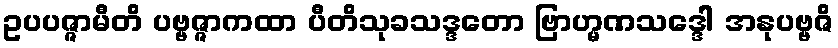
ဥပပဇ္ဇာမီတိ ပဗ္ဗဇ္ဇာကထာ ပီတိသုခသဒ္ဒတော ဗြာဟ္မဏသဒ္ဒေါ အနုပဗ္ဗဇိ